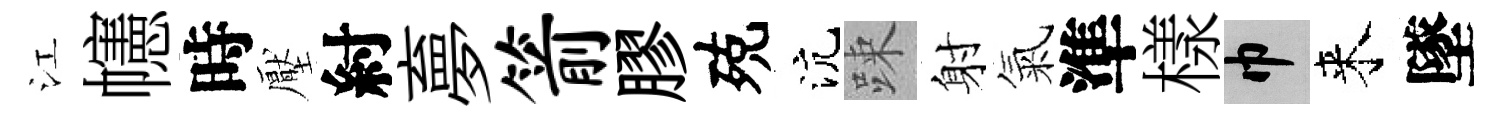
江幰時壓紂夣箭膠殑沆踈射氣準樣巾来墜